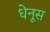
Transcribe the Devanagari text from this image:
धेनूस